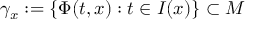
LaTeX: \gamma _ { x } : = \{ \Phi ( t , x ) : t \in I ( x ) \} \subset M